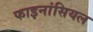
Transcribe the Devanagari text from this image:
फाइनांसियल